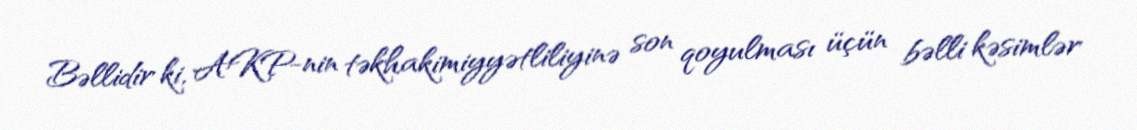
Bəllidir ki, AKP-nin təkhakimiyyətliliyinə son qoyulması üçün bəlli kəsimlər